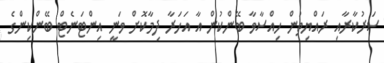
ސަރުކާރާއި ރައްޔިތުން ހިއްސާވާ ބޭންކުން އާ އަހަރާ ދިމާކޮށް ވަނީ އިންޓަނެޓް ބޭންކިންގެ